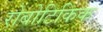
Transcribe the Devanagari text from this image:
रोबोटिकिक